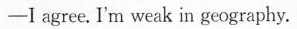
—I agree. I'm weak in geography.